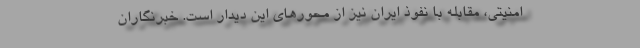
امنیتی، مقابله با نفوذ ایران نیز از محورهای این دیدار است. خبرنگاران